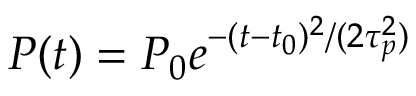
P ( t ) = P _ { 0 } e ^ { - ( t - t _ { 0 } ) ^ { 2 } / ( 2 \tau _ { p } ^ { 2 } ) }